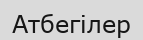
Атбегілер